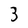
Character: 3